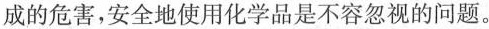
成的危害，安全地使用化学品是不容忽视的问题。